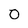
Character: 0